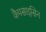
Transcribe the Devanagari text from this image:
कैपसाइसिन